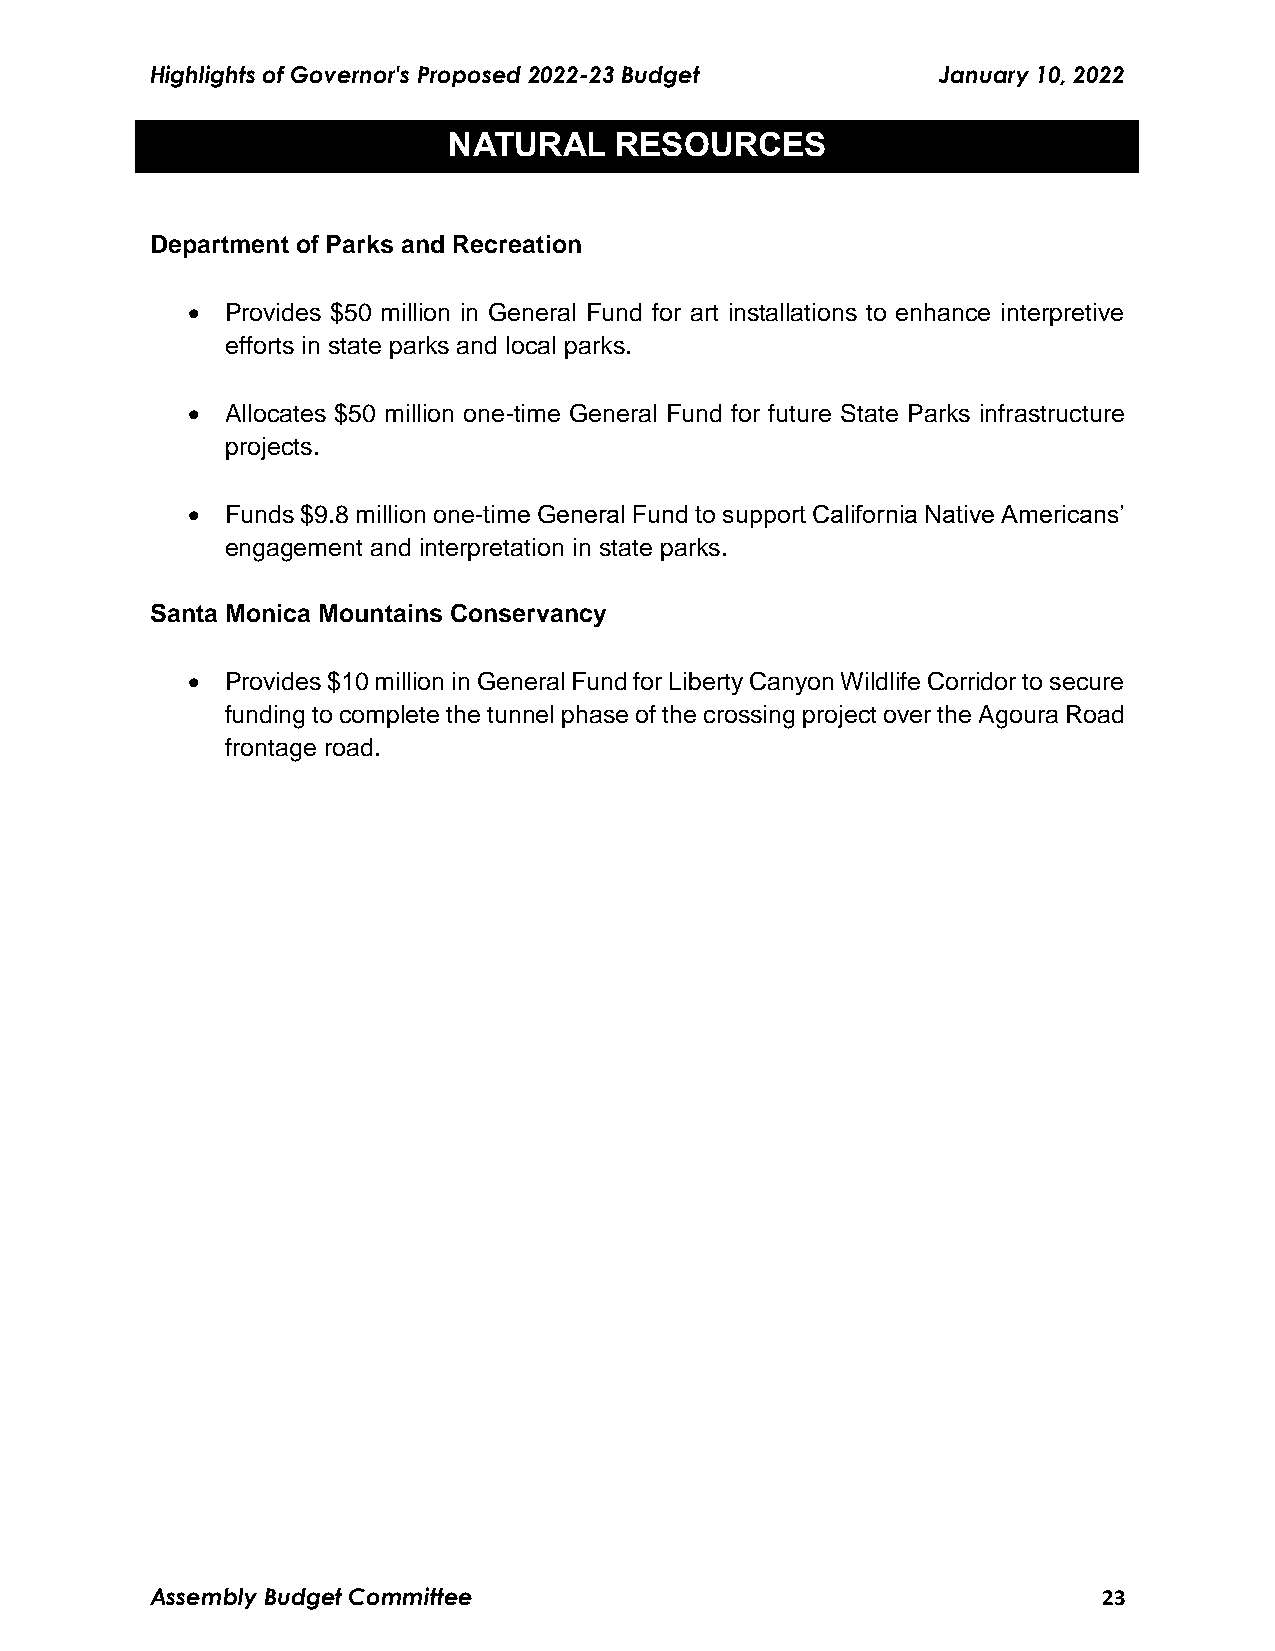
Highlights of Governor's Proposed 2022-23 Budget    January 10, 2022
 NATURAL    RESOURCES
 Department of Parks and Recreation
   Provides $50 million in General Fund for art installations to enhance interpretive
 efforts in state parks and local parks.
   Allocates $50 million one-time General Fund for future State Parks infrastructure
 projects.
   Funds $9.8 million one-time General Fund to support California Native Americans’
 engagement and interpretation in state parks.
 Santa Monica Mountains Conservancy
   Provides $10 million in General Fund for Liberty Canyon Wildlife Corridor to secure
 funding to complete the tunnel phase of the crossing project over the Agoura Road
 frontage road.
 Assembly Budget Committee                                      23